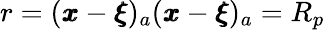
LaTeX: r=({\pmb x}-{\pmb\xi})_{a}({\pmb x}-{\pmb\xi})_{a}=R_{p}